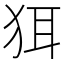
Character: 𬌯